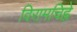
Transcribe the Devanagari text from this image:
विरामचिह्ने